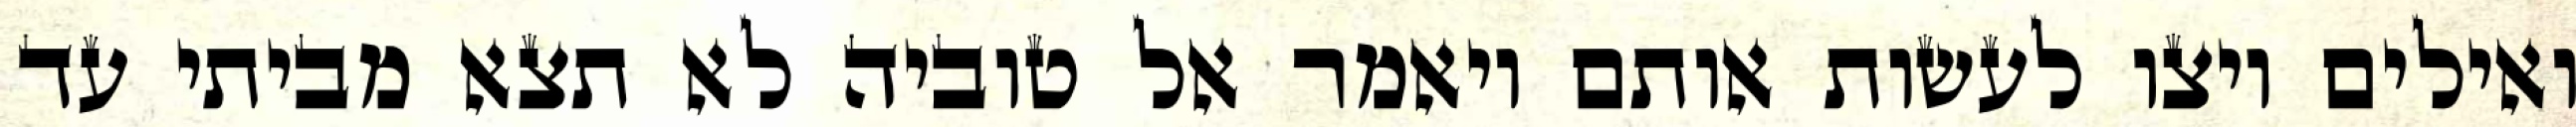
ואילים ויצו לעשות אותם ויאמר אל טוביה לא תצא מביתי עד